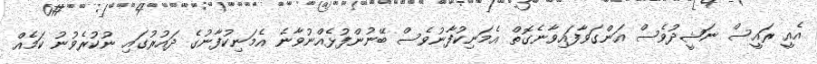
އެއީ ރައީސް ނަޝީދުވެސް އަންގަވާފައިވާނެގޮތް އެމަނިކުފާނުވެސް ބޭނުންފުޅެއްނުވާނެ އެމަނިކުފާނުގެ ދައުރުގައި ނުކުރެވުނު ކަމެއް